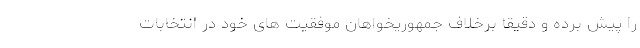
را پیش برده و دقیقاً برخلاف جمهوریخواهان موفقیت های خود در انتخابات